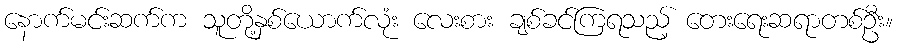
နောက်မင်းဆက်က သူတို့နှစ်ယောက်လုံး လေးစား ချစ်ခင်ကြရသည့် တေးရေးဆရာတစ်ဦး။